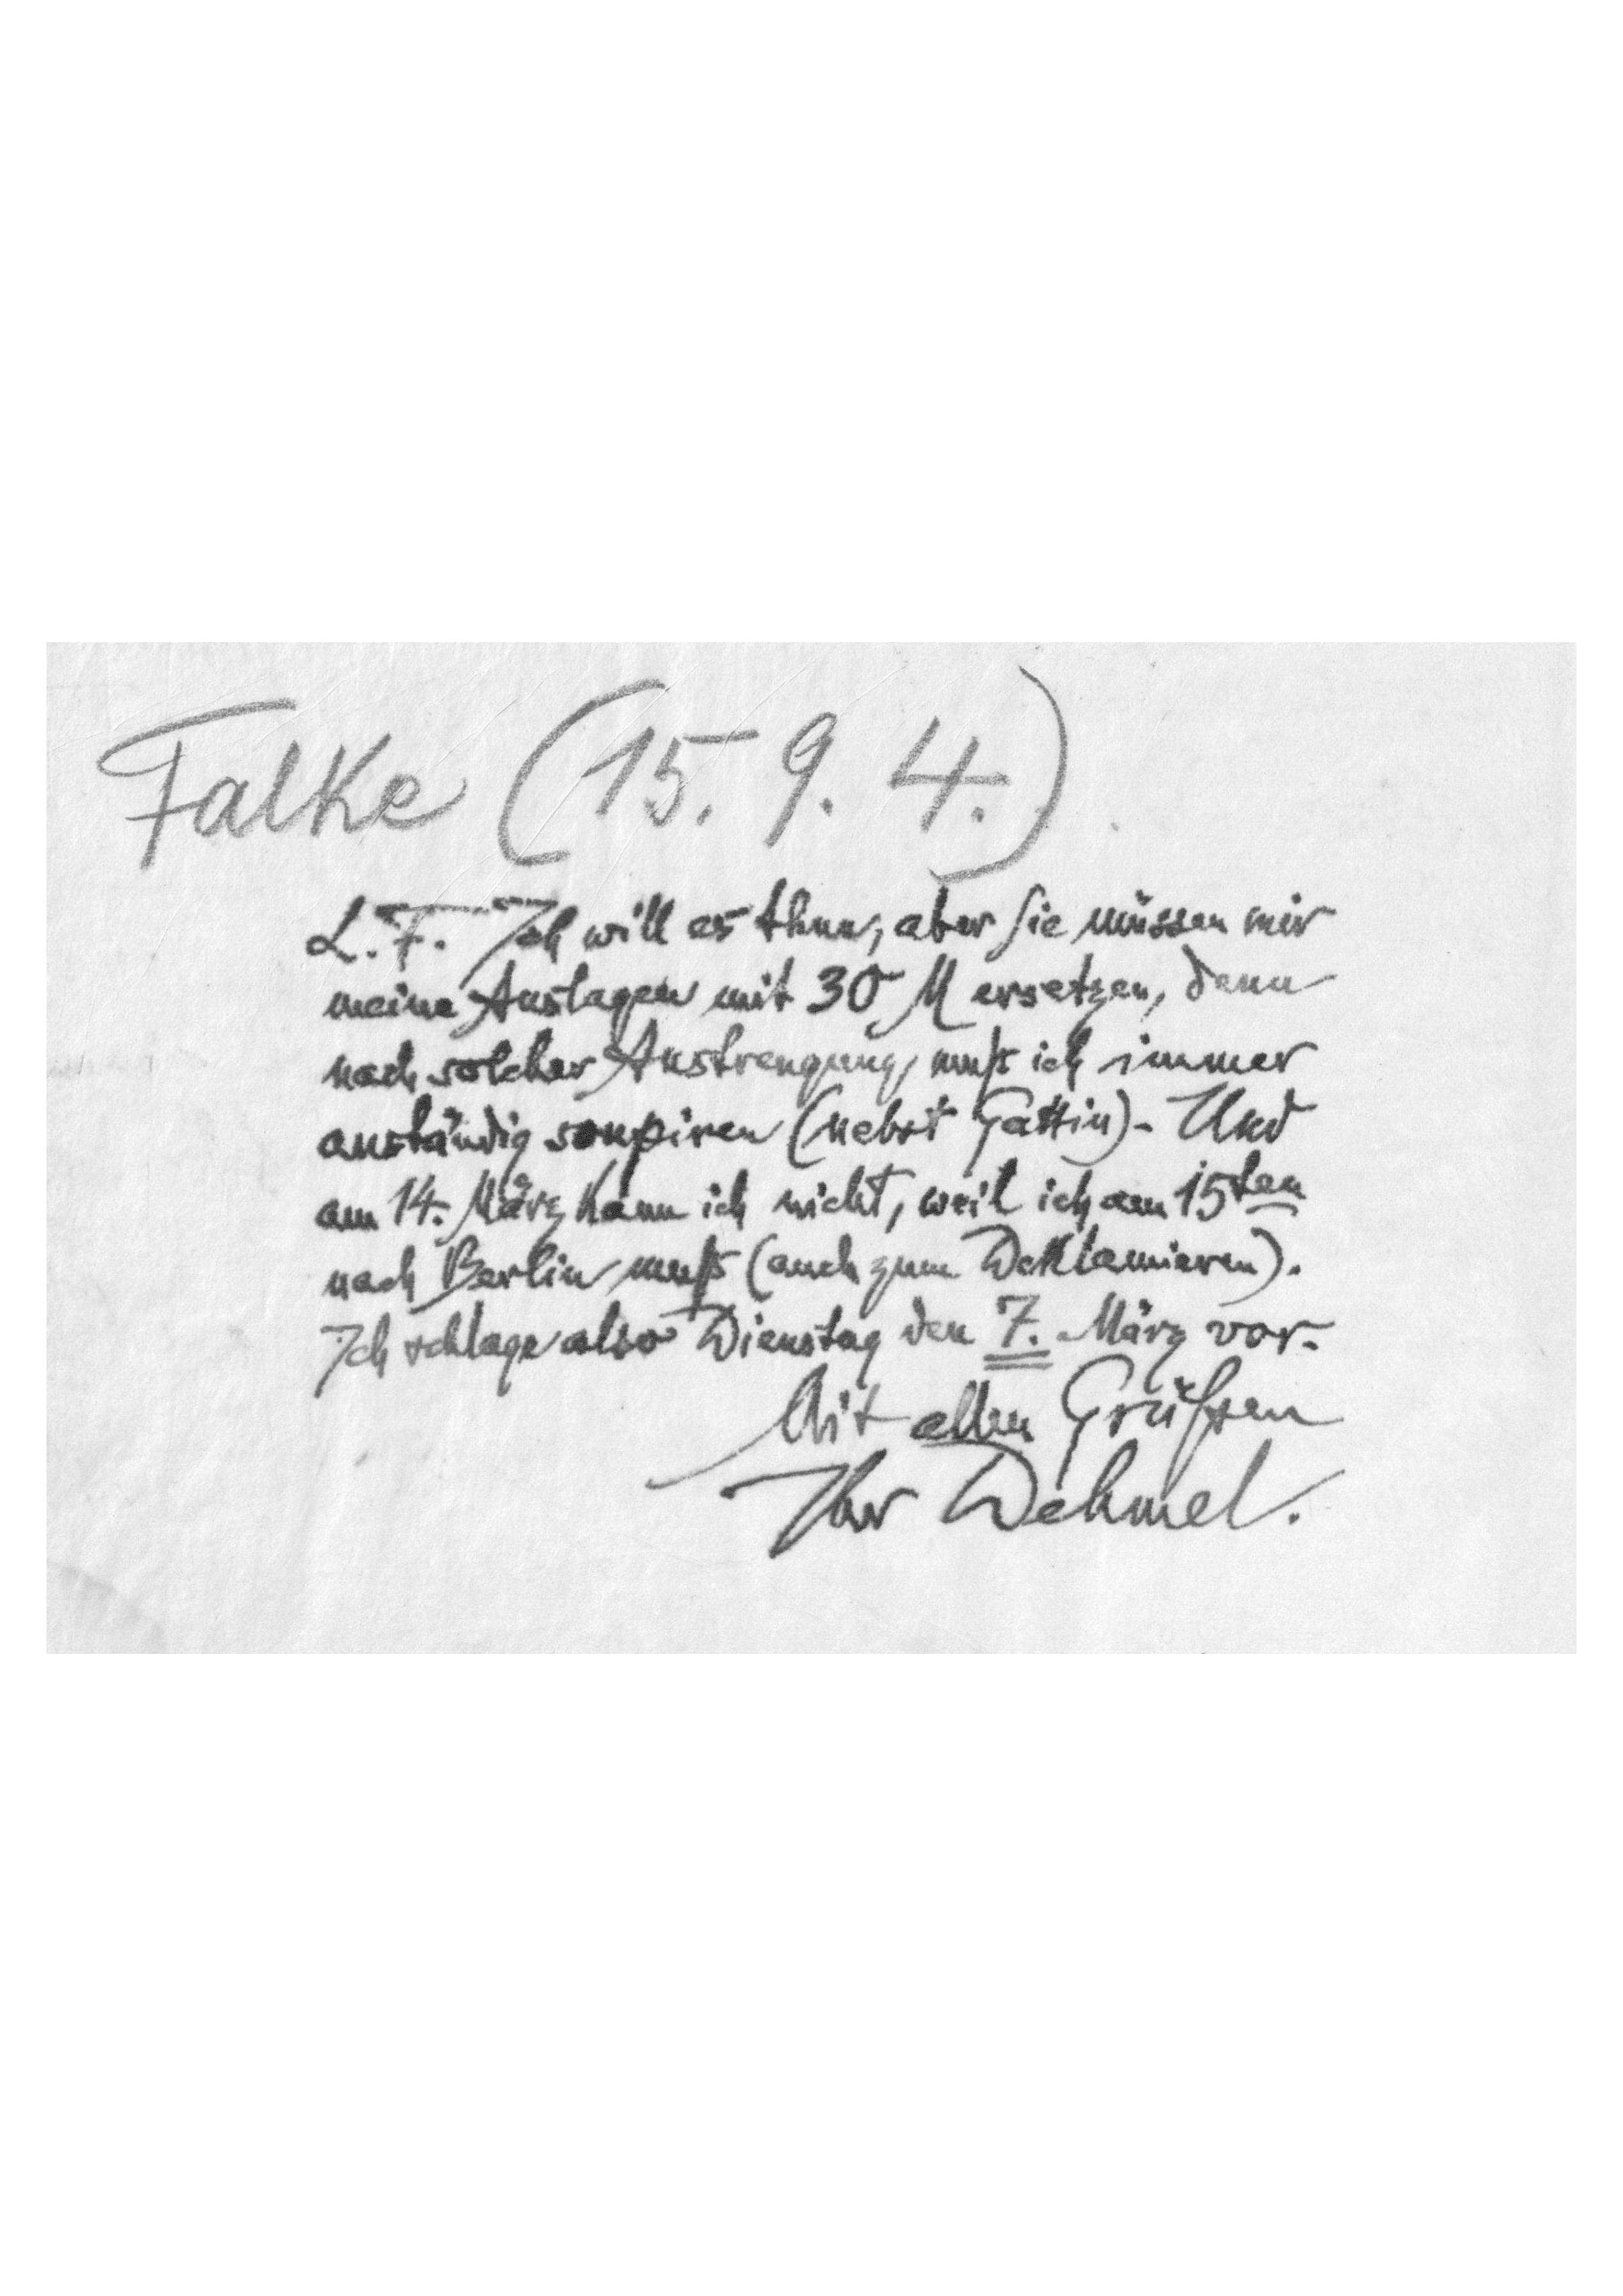
Falke (15.9.4.)
L.F. Ich will es thun, aber Sie müssen mir
meine Auslagen mit 30 M ersetzen, denn
nach solcher Anstrengung muß ich immer
anständig soupiren (nebst Gattin), Und
am 14. März kann ich nicht, weil ich am 15ten
nach Berlin muß (auch zum Deklamieren).
Ich schlage also Dienstag den 7. März vor.
Mit allen Grüßen
Ihr Dehmel